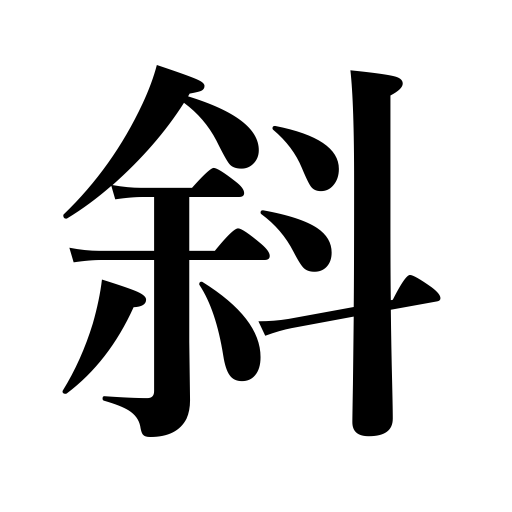
Meanings: slanting,disagreeable,askew,oblique,unpleasant,diagonal